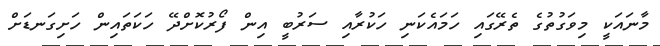
މާނައަކީ މިވަގުތުގެ ތެރޭގައި ހަމައެކަނި ހަކުރާއި ސަރުބީ އިން ފޯރުކޮށްދޭ ހަކަތައިން ހަށިގަނޑަށް